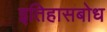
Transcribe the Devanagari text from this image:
इतिहासबोध